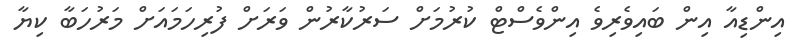
އިންޑިއާ އިން ބައިވެރިވެ އިންވެސްޓް ކުރުމަށް ސަރުކާރުން ވަރަށް ފުރިހަމައަށް މަރުހަބާ ކިޔާ